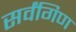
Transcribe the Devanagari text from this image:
सर्वंगिण